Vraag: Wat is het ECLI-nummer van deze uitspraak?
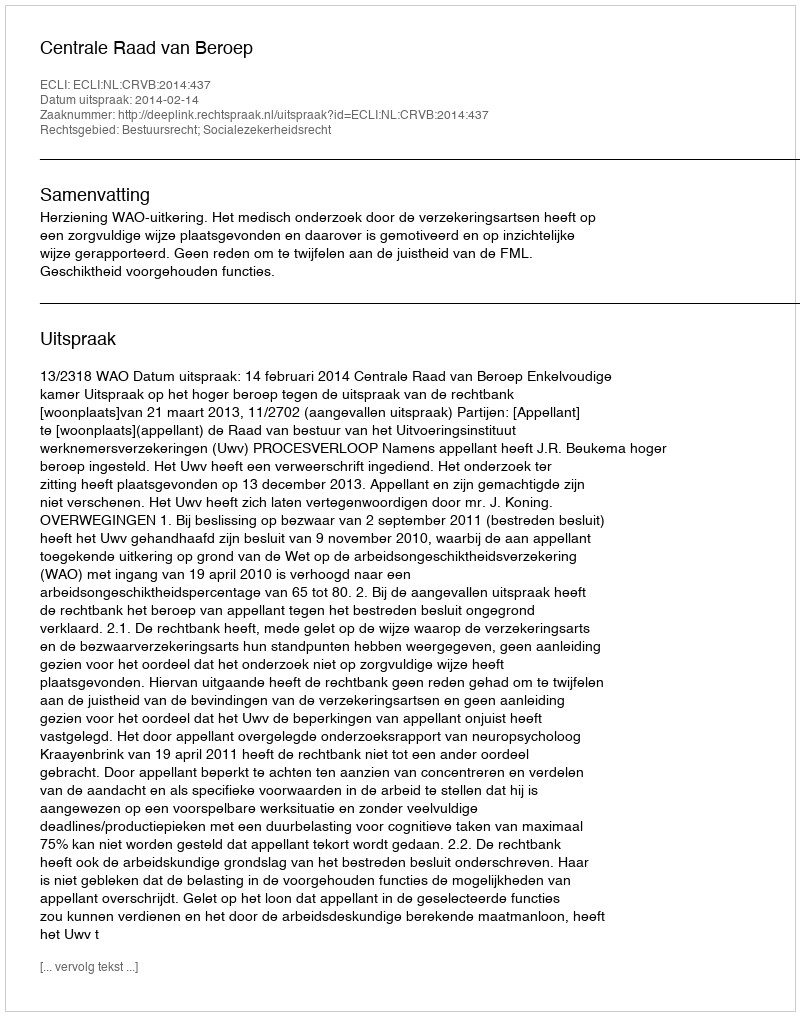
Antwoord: ECLI:NL:CRVB:2014:437